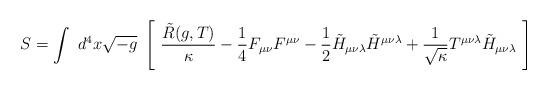
LaTeX: \begin{align*}S = \int~ d^{4}x \sqrt{-g} ~\left[~\frac{\tilde{R} (g,T)}{\kappa} - \frac{1}{4} F_{\mu \nu} F^{\mu \nu} - \frac{1}{2} \tilde{H}_{\mu \nu \lambda} \tilde{H}^{\mu \nu \lambda} + \frac{1}{\sqrt{\kappa}} T^{\mu \nu \lambda} \tilde{H}_{\mu \nu \lambda}~\right]\end{align*}